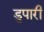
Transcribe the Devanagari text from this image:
डुपारी